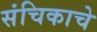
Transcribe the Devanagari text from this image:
संचिकाचे